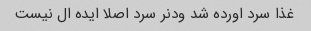
غذا سرد اورده شد ودنر سرد اصلا ایده ال نیست